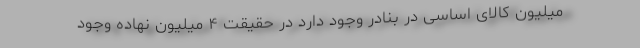
میلیون کالای اساسی در بنادر وجود دارد در حقیقت ۴ میلیون نهاده وجود